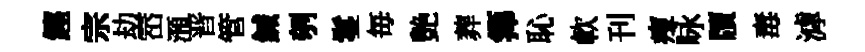
鏗宗劫崈澦晋管鍼刳鬘毎艶葬籜恥軟刊瘦咏牘毒滹